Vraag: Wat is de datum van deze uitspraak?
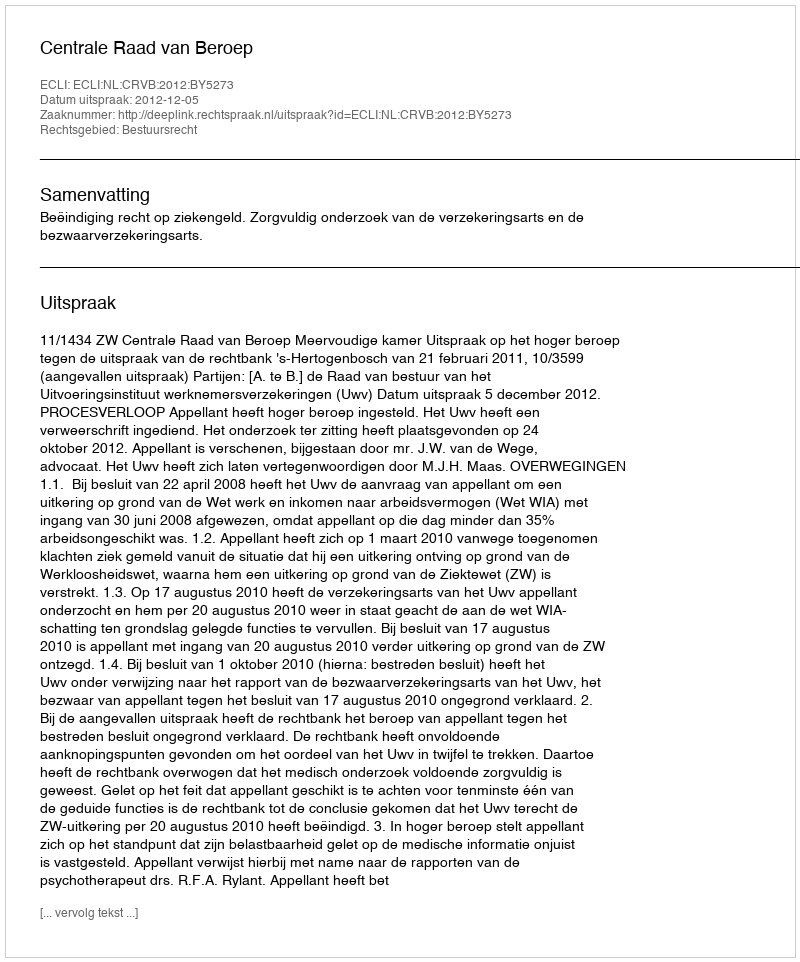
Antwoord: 2012-12-05